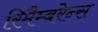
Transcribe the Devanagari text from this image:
रिमैम्बरेन्स